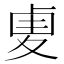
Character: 𠧺